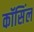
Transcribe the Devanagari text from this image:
कॉसिंल